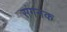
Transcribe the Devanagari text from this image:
संगनक